画像に写った文字を読んでください
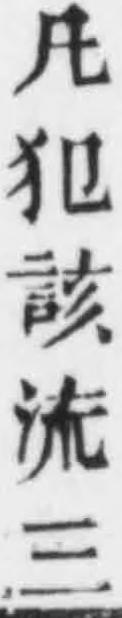
「凡犯該流三」と書いてあります